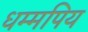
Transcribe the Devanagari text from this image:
धम्मपिय